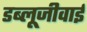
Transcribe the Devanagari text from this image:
डब्लूजीवाई